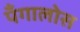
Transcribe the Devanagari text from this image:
पँगालोस